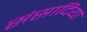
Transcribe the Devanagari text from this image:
संसादिया